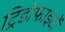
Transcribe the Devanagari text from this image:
ट्रिडोफाइटों